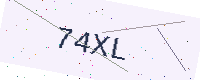
Text: 74XL